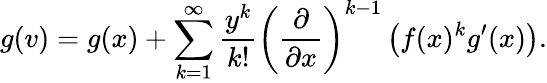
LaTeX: g(v)=g(x)+\sum_{k=1}^{\infty}{\frac{y^{k}}{k!}}\left({\frac{\partial}{\partial x}}\right)^{k-1}\left(f(x)^{k}g^{\prime}(x)\right).